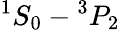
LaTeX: {}^{1}S_{0}-{}^{3}P_{2}